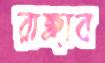
রাঙ্গাব